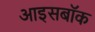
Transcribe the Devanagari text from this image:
आइसबॉक